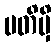
ပတိမှိ